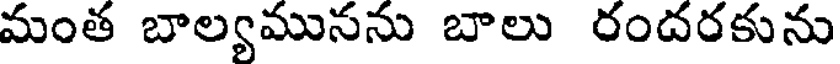
మంత బాల్యమునను బాలు రందరకును